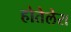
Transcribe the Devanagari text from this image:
होतेलेरा